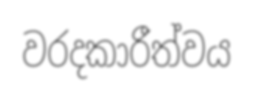
වරදකාරීත්වය